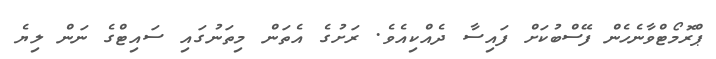
ޕްރޮމޯޓްވާނެހެން ފޭސްބުކަށް ފައިސާ ދެއްކިއެވެ. ރަށުގެ އެތަން މިތަނުގައި ސައިޓްގެ ނަން ލިޔެ